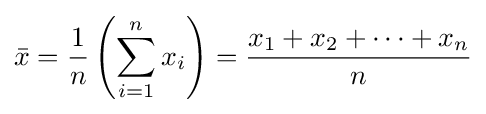
{\bar {x}}={\frac {1}{n}}\left(\sum _{i=1}^{n}{x_{i}}\right)={\frac {x_{1}+x_{2}+\dots +x_{n}}{n}}